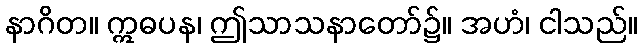
နာဂိတ။ ဣဓပန၊ ဤသာသနာတော်၌။ အဟံ၊ ငါသည်။